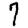
Digit: 7